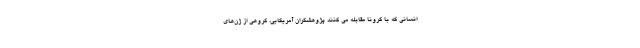
انسانی که با کرونا مقابله می ‌کنند پژوهشگران آمریکایی، گروهی از ژن‌های